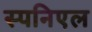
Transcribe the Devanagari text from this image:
स्पनिएल